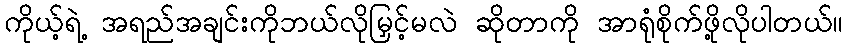
ကိုယ့်ရဲ့ အရည်အချင်းကိုဘယ်လိုမြှင့်မလဲ ဆိုတာကို အာရုံစိုက်ဖို့လိုပါတယ်။